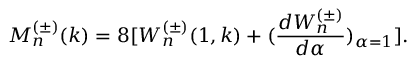
M _ { n } ^ { ( \pm ) } ( k ) = 8 [ W _ { n } ^ { ( \pm ) } ( 1 , k ) + ( \frac { d W _ { n } ^ { ( \pm ) } } { d \alpha } ) _ { \alpha = 1 } ] .